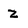
Character: z